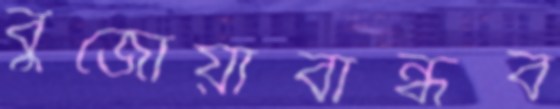
বুর্জোয়াবান্ধব